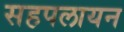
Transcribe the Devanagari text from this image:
सहपलायन